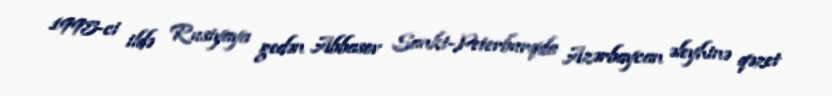
1995-ci ildə Rusiyaya gedən Abbasov Sankt-Peterburqda Azərbaycan əleyhinə qəzet